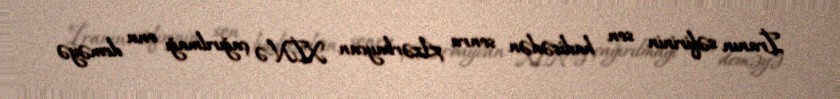
İranın səfirinin son hadisədən sonra Azərbaycan XİN-ə çağırılmağı onu deməyə